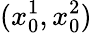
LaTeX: (x_{0}^{1},x_{0}^{2})